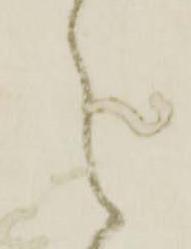
之